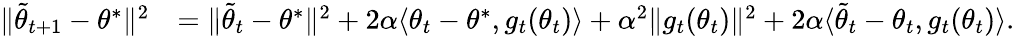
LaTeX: \begin{array}{rl}{\Vert\tilde{\theta}_{t+1}-\theta^{*}\Vert^{2}}&{=\Vert\tilde{\theta}_{t}-\theta^{*}\Vert^{2}+2\alpha\langle{\theta}_{t}-\theta^{*},{g}_{t}(\theta_{t})\rangle+\alpha^{2}\Vert{g}_{t}(\theta_{t})\Vert^{2}+2\alpha\langle\tilde{\theta}_{t}-{\theta}_{t},{g}_{t}(\theta_{t})\rangle.}\end{array}